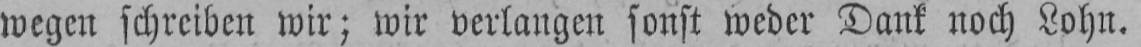
wegen schreiben wir; wir verlangen sonst weder Dank noch Lohn.